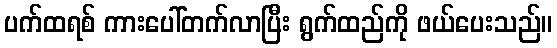
ပက်ထရစ် ကားပေါ်တက်လာပြီး ရွက်ထည်ကို ဖယ်ပေးသည်။